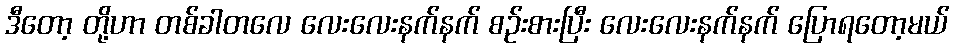
ဒီတော့ တို့ဟာ တစ်ခါတလေ လေးလေးနက်နက် စဉ်းစားပြီး လေးလေးနက်နက် ပြောရတော့မယ်